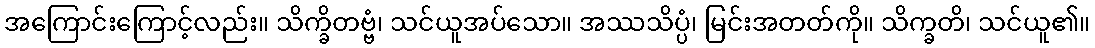
အကြောင်းကြောင့်လည်း။ သိက္ခိတဗ္ဗံ၊ သင်ယူအပ်သော။ အဿသိပ္ပံ၊ မြင်းအတတ်ကို။ သိက္ခတိ၊ သင်ယူ၏။